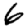
Digit: 6